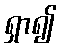
ရှာ၍